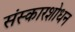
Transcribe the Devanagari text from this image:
संस्कारशोधन